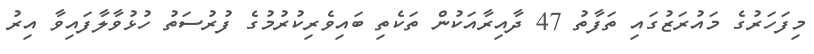
މިފަހަރުގެ މައުރަޒުގައި ތަފާތު 47 ދާއިރާއަކުން ތަކެތި ބައިވެރިކުރުމުގެ ފުރުސަތު ހުޅުވާލާފައިވާ އިރު